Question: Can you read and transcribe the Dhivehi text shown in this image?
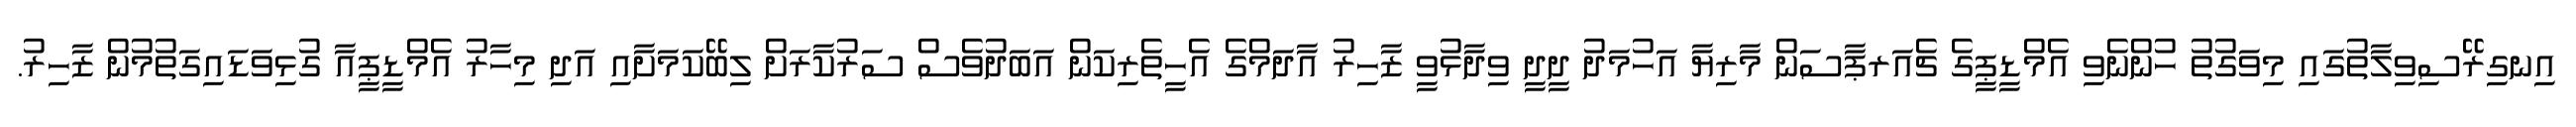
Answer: އިނގިރޭސިވިލާތުގައި މިވަގުތު ހުންނެވި އެމްޑީޕީގެ ޗެއަރޕާސަން މާރިޔާ އަހުމަދު ދީދީ ވިދާޅުވީ ޒާހިރު އާދަމްގެ އެހީތެރިކަން އަބަދުވެސް ސަރުކާރަށް ލިބޭކަމަށާއި އަދި މިހާރު އެމްޑީޕީއާ ގުޅިވަޑައިގަތުމުން ޒާހިރު.